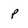
Character: p